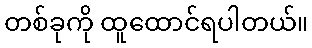
တစ်ခုကို ထူထောင်ရပါတယ်။